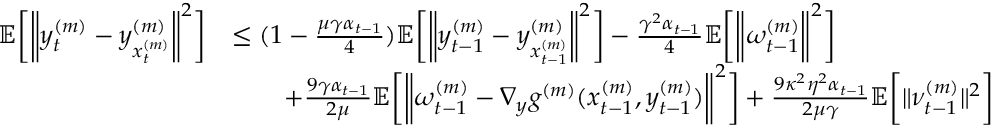
\begin{array} { r l } { \mathbb { E } \bigg [ \bigg \| y _ { t } ^ { ( m ) } - y _ { x _ { t } ^ { ( m ) } } ^ { ( m ) } \bigg \| ^ { 2 } \bigg ] } & { \leq ( 1 - \frac { \mu \gamma \alpha _ { t - 1 } } { 4 } ) \mathbb { E } \bigg [ \bigg \| y _ { t - 1 } ^ { ( m ) } - y _ { x _ { t - 1 } ^ { ( m ) } } ^ { ( m ) } \bigg \| ^ { 2 } \bigg ] - \frac { \gamma ^ { 2 } \alpha _ { t - 1 } } { 4 } \mathbb { E } \bigg [ \bigg \| \omega _ { t - 1 } ^ { ( m ) } \bigg \| ^ { 2 } \bigg ] } \\ & { \qquad + \frac { 9 \gamma \alpha _ { t - 1 } } { 2 \mu } \mathbb { E } \bigg [ \bigg \| \omega _ { t - 1 } ^ { ( m ) } - \nabla _ { y } g ^ { ( m ) } ( x _ { t - 1 } ^ { ( m ) } , y _ { t - 1 } ^ { ( m ) } ) \bigg \| ^ { 2 } \bigg ] + \frac { 9 \kappa ^ { 2 } \eta ^ { 2 } \alpha _ { t - 1 } } { 2 \mu \gamma } \mathbb { E } \bigg [ \| \nu _ { t - 1 } ^ { ( m ) } \| ^ { 2 } \bigg ] } \end{array}